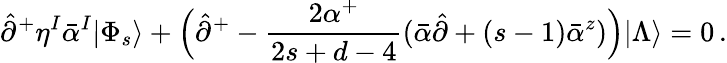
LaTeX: \hat{\partial}^{+}\eta^{I}\bar{\alpha}^{I}|\Phi_{s}\rangle+\Bigl(\hat{\partial}^{+}-\frac{2\alpha^{+}}{2s+d-4}(\bar{\alpha}\hat{\partial}+(s-1)\bar{\alpha}^{z})\Bigr)|\Lambda\rangle=0\, .